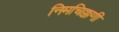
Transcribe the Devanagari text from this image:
निमचिक्कणी